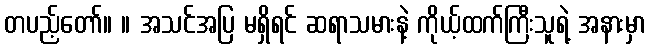
တပည့်တော်။ ။ အသင်အပြ မရှိရင် ဆရာသမားနဲ့ ကိုယ့်ထက်ကြီးသူရဲ့ အနားမှာ